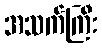
အသက်ကြီး